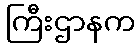
ကြီးဌာနက